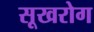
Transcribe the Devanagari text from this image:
सूखरोग